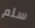
سلم